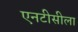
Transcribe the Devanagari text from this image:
एनटीसीला